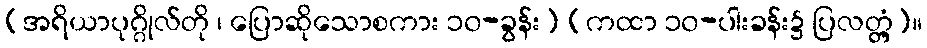
(အရိယာပုဂ္ဂိုလ်တို ၊ ပြောဆိုသောစကား ၁၀-ခွန်း) (ကထာ ၁၀-ပါးခန်း၌ ပြလတ္တံ့)။